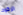
الركود